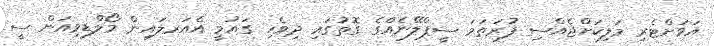
އަވަށްޓެރި މަލިކަށްޖެއްސި ފުރަތަމަ ސީޕްލޭނެއްގެ ގޮތުގައި ދިވެހި ގައުމީ އެއަރލައިން މޯލްޑިވިއަން ސީ